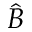
\hat { B }